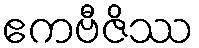
ဧကဗီဇိဿ